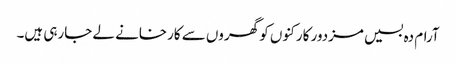
آرام دہ بسیں مزدور کارکنوں کو گھروں سے کارخانے لے جارہی ہیں۔